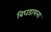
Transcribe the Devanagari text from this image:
बिघडायला